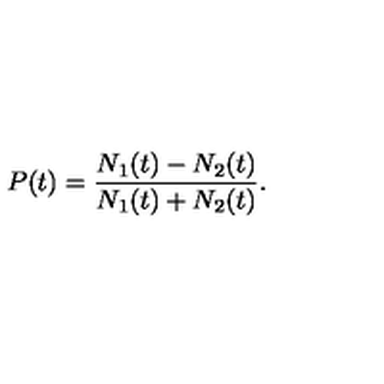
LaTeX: P ( t ) = \frac { N _ { 1 } ( t ) - N _ { 2 } ( t ) } { N _ { 1 } ( t ) + N _ { 2 } ( t ) } .